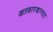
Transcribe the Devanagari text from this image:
खतकारखान्यात